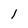
Character: 1